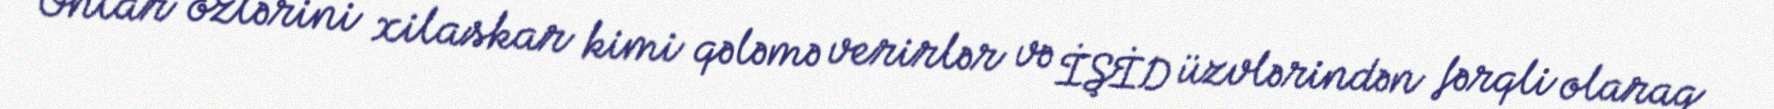
Onlar özlərini xilaskar kimi qələmə verirlər və İŞİD üzvlərindən fərqli olaraq